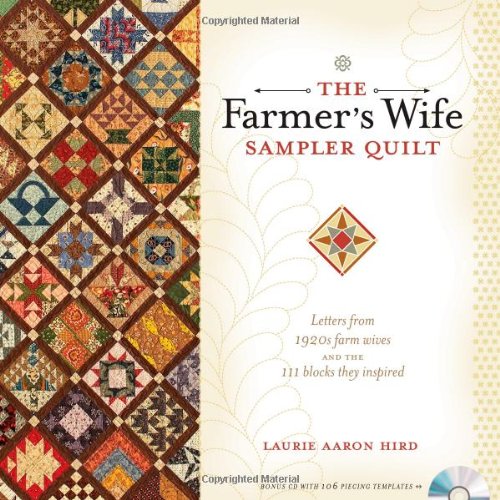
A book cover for The Farmer's Wife Sampler Quilt: Letters from 1920s Farm Wives and the 111 Blocks They Inspired; Laurie Aaron Hird; Crafts, Hobbies & Home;